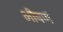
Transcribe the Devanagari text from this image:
भीषणं